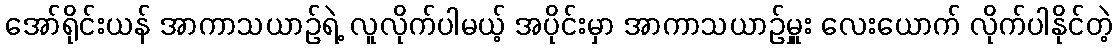
အော်ရိုင်းယန် အာကာသယာဉ်ရဲ့ လူလိုက်ပါမယ့် အပိုင်းမှာ အာကာသယာဉ်မှူး လေးယောက် လိုက်ပါနိုင်တဲ့